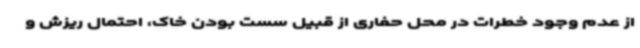
از عدم وجود خطرات در محل حفاری از قبیل سست بودن خاک، احتمال ریزش و